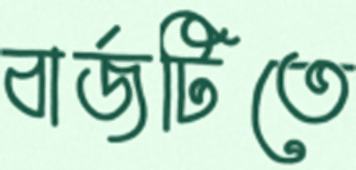
বার্জটিতে